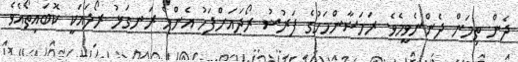
ދެން ތިމަން ދެންނެވީމެވެ. ރަމަޟާންމަހުގެ ފަރުޟު ރޯދައަށްފަހު އެންމެ ރަނގަޅު ރޯދައަކީ ކޮބައިތޯއެވެ